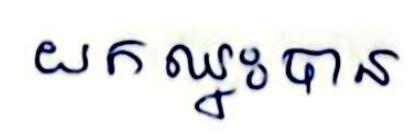
យកឈ្នះបាន